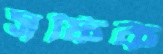
সফিক